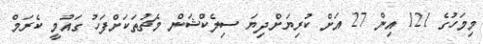
މިމަހުގެ 121 އިން 27 އަށް ކުރިޔަށްދިޔަ ސިލެކްޝަން މެޗުތަކަށްފަހު ގައުމީ ކެރަމް